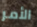
الأمر